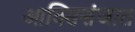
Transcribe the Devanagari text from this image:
आक्सिसंजात